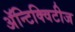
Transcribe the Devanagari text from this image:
अॅन्टिक्विटीज